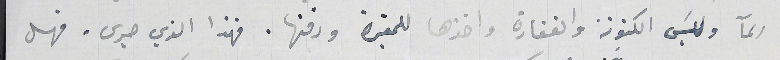
المآ ولبسَ الكتونة  والغفارة واخذها للمقبرة ودفنها. فهذا الذي جرى. فهل